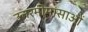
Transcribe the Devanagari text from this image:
उत्तरमीमांसाओं